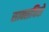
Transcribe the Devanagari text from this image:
साक्सचिसे